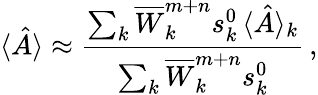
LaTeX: \langle\hat{A}\rangle\approx\frac{\sum_{k}\overline{{W}}_{k}^{m+n}s_{k}^{0}\, \langle\hat{A}\rangle_{k}}{\sum_{k}\overline{{W}}_{k}^{m+n}s_{k}^{0}}\, ,